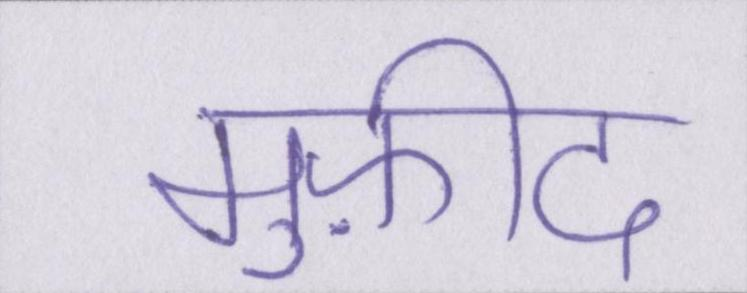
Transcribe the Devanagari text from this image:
मुफ़ीद